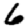
Digit: 6